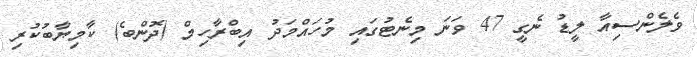
ވެލެންސިއާ ލީޑު ނެގީ 47 ވަނަ މިނެޓުގައި މުހައްމަދު އިބްރާހިމް (ދޮންބެ) ކާމިޔާބުކުރި